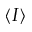
\langle I \rangle